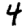
Digit: 4